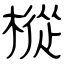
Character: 樅